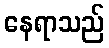
နေရာသည်